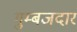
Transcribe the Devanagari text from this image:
गुम्बजदार